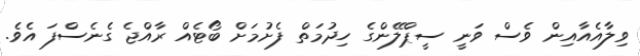
ވިލާއެއާއިން ވެސް ވަނީ ސީޕްލޭންގެ ހިދުމަތް ފެށުމަށް ބޯޓެއް ރާއްޖެ ގެނެސްފަ އެވެ.